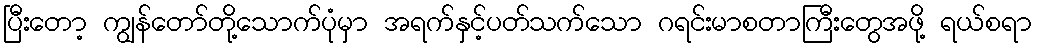
ပြီးတော့ ကျွန်တော်တို့သောက်ပုံမှာ အရက်နှင့်ပတ်သက်သော ဂရင်းမာစတာကြီးတွေအဖို့ ရယ်စရာ